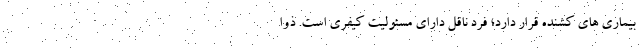
بیماری های کشنده قرار دارد؛ فرد ناقل دارای مسئولیت کیفری است. ذوا